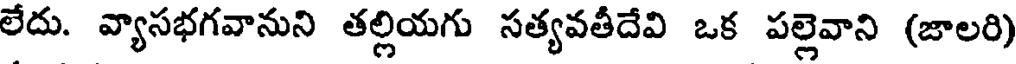
లేదు. వ్యాసభగవానుని తల్లియగు సత్యవతీదేవి ఒక పల్లెవాని (జాలరి)